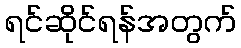
ရင်ဆိုင်ရန်အတွက်